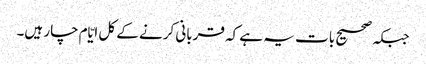
جبکہ صحیح بات یہ ہے کہ قربانی کرنے کے کل ایّام چار ہیں۔